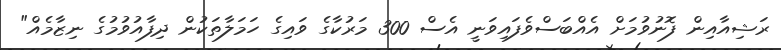
ރަޝިއާއިން ފޮނުވުމަށް އެއްބަސްވެފައިވަނީ އެސް 300 މަރުކާގެ ވައިގެ ހަމަލާތަކުން ދިފާއުވުމުގެ ނިޒާމެއް"